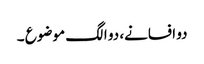
دو افسانے، دو الگ موضوع ۔